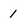
Character: 1